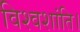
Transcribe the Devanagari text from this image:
विश्वशांति।